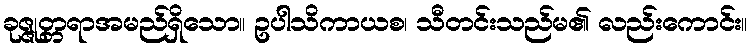
ခုဇ္ဇုတ္တရာအမည်ရှိသော။ ဥပါသိကာယစ၊ သီတင်းသည်မ၏ လည်းကောင်း။